Report on the bubonic plague in Bombay, 1896-1897
Year: 1896
Disease focus: Plague
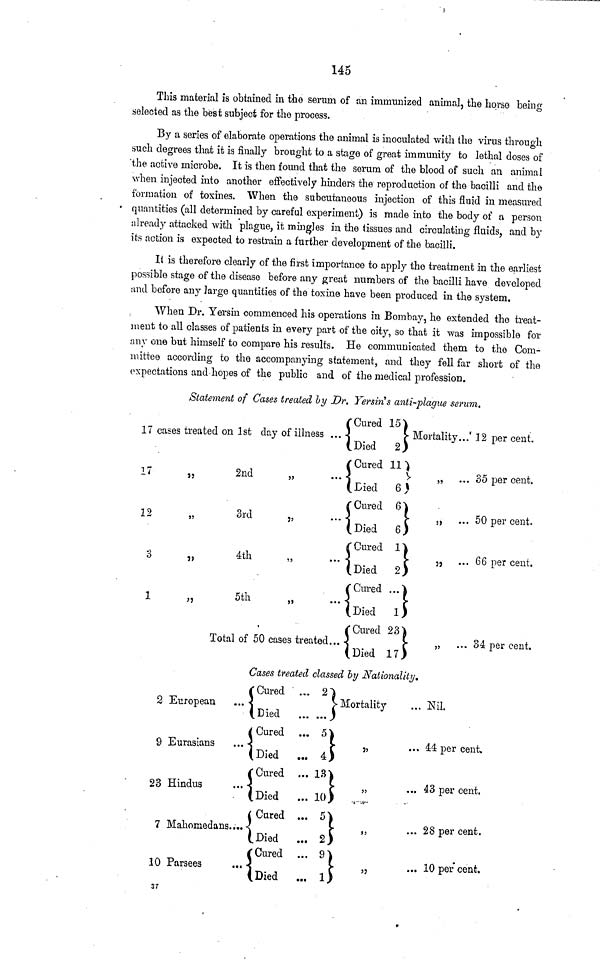
145
This material is obtained in the serum of an immunized animal, the horse being
selected as the best subject for the process.
By a series of elaborate operations the animal is inoculated with the virus through
such degrees that it is finally brought to a stage of great immunity to lethal doses of
the active microbe. It is then found that the serum of the blood of such an animal
when injected into another effectively hinders the reproduction of the bacilli and the
formation of toxines. When the subcutaneous injection of this fluid in measured
quantities (all determined by careful experiment) is made into the body of a person
already attacked with plague, it mingles in the tissues and circulating fluids, and by
its action is expected to restrain a further development of the bacilli.
It is therefore clearly of the first importance to apply the treatment in the earliest
possible stage of the disease before any great numbers of the bacilli have developed
and before any large quantities of the toxine have been produced in the system.
When Dr. Yersin commenced his operations in Bombay, he extended the treat-
ment to all classes of patients in every part of the city, so that it was impossible for
any one but himself to compare his results. He communicated them to the Com-
mittee according to the accompanying statement, and they fell far short of the
expectations and hopes of the public and of the medical profession.
Statement of Cases treated by Dr. Yersin s anti-plague serum.
17 cases treated on 1st day of illness
17
„
2nd
12
„
3rd
,,
3
,,
4th
1
„
5th ,,
Total of 50 cases treate
Cured
15
...
Mortality... 12 per cent.
Died
2
Cured
11
...
... 35 per cent.
Died
6
Cured
6
...
,,
··· 50 per cent.
Died
6
Cured
1
...
,,
··· 66 Per cent.
Died
2
Cured ...
Died
1
Cured 23
d...
„ ... 34 per cent.
Died
17
Cases treated classed by Nationality.
2 European
9 Eurasians
23 Hindus
7 Mahomedans....
10 Parsees ...
37
Cured
... 21
Mortality
Died
Cured
... 5
Died
...
4
C
ured ... 13
Died
... 10
Cured
...
5
died
...
2
Cured
...
9
Died
... 1
... Nil.
... 44 per cent.
... 43 per cent.
... 28 per cent.
... 10 per cent.